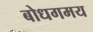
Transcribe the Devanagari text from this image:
बोधगमय